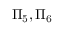
\Pi _ { 5 } , \Pi _ { 6 }